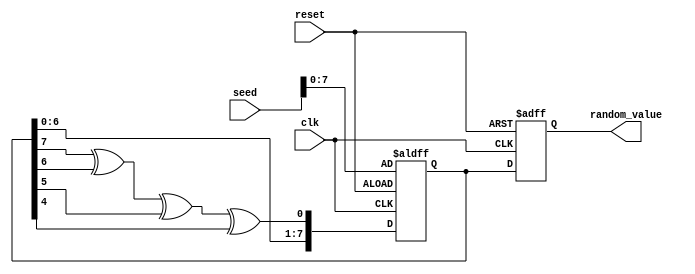
module RandomInitialization #(
    parameter WIDTH = 8 // Parameter to configure the width of random_value
)(
    input wire clk,
    input wire reset,
    input wire [15:0] seed, // Optional seed input for reproducibility
    output reg [WIDTH-1:0] random_value
);

    // Internal state for the LFSR
    reg [WIDTH-1:0] lfsr;
    wire feedback;

    // Feedback polynomial for LFSR (example: x^8 + x^6 + x^5 + x^4 + 1)
    assign feedback = lfsr[WIDTH-1] ^ lfsr[WIDTH-2] ^ lfsr[WIDTH-3] ^ lfsr[WIDTH-4];

    // Reset and random value generation process
    always @(posedge clk or posedge reset) begin
        if (reset) begin
            // Reset state
            lfsr <= seed; // Initialize LFSR with seed
            random_value <= 0; // Set random_value to 0 or a defined constant
        end else begin
            // Generate new random value
            lfsr <= {lfsr[WIDTH-2:0], feedback}; // Shift and feedback
            random_value <= lfsr; // Update random_value with the new LFSR value
        end
    end

endmodule